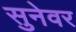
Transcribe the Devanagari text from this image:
सुनेवर